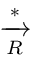
\xrightarrow [ { R } ] { * }